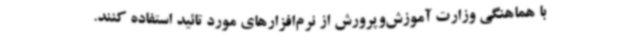
با هماهنگی وزارت آموزش‌وپرورش از نرم‌افزارهای مورد تائید استفاده کنند.